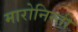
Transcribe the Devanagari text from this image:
मारोनिस्ती